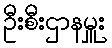
ဦးစီးဌာနမှူး